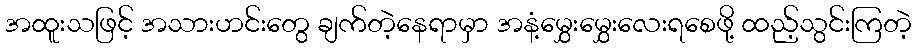
အထူးသဖြင့် အသားဟင်းတွေ ချက်တဲ့နေရာမှာ အနံ့မွှေးမွှေးလေးရစေဖို့ ထည့်သွင်းကြတဲ့